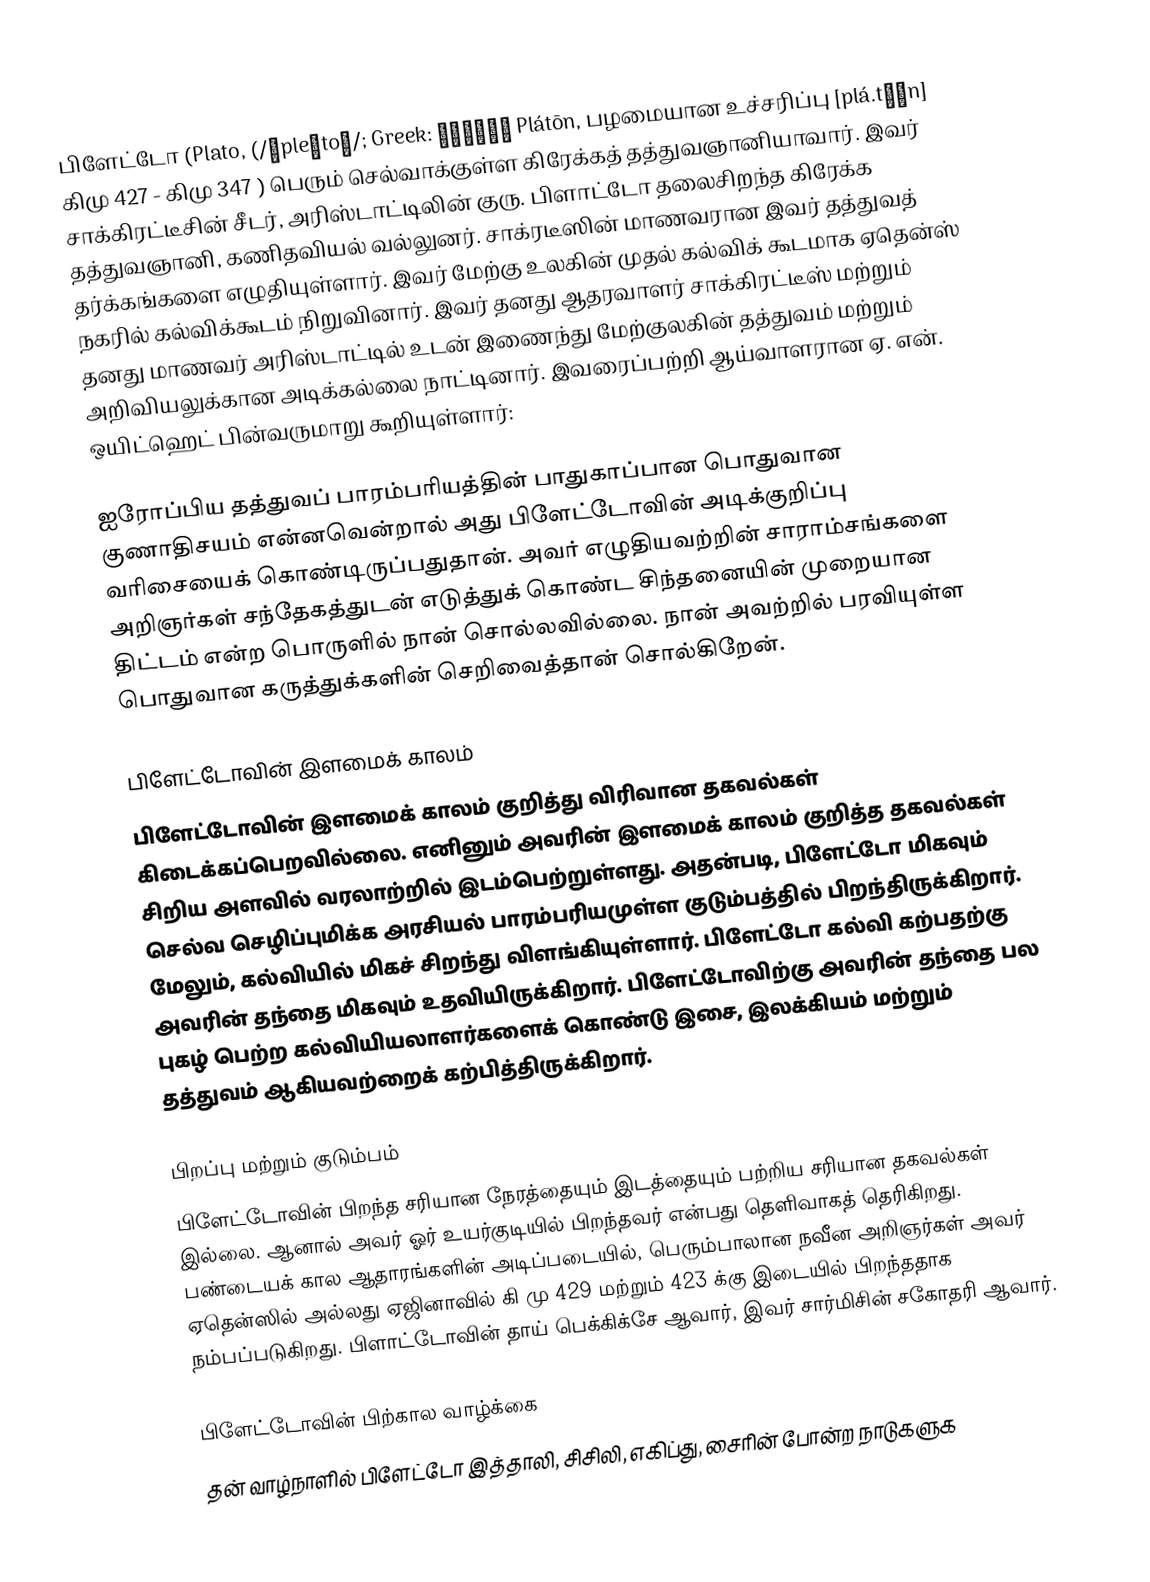
பிளேட்டோ (Plato, (/ˈpleɪtoʊ/; Greek: Πλάτων Plátōn, பழமையான உச்சரிப்பு [plá.tɔːn]   கிமு 427 - கிமு 347 ) பெரும் செல்வாக்குள்ள கிரேக்கத் தத்துவஞானியாவார். இவர் சாக்கிரட்டீசின் சீடர், அரிஸ்டாட்டிலின் குரு. பிளாட்டோ தலைசிறந்த கிரேக்க தத்துவஞானி, கணிதவியல் வல்லுனர். சாக்ரடீஸின் மாணவரான இவர் தத்துவத் தர்க்கங்களை எழுதியுள்ளார். இவர் மேற்கு உலகின் முதல் கல்விக் கூடமாக ஏதென்ஸ் நகரில் கல்விக்கூடம் நிறுவினார். இவர் தனது ஆதரவாளர் சாக்கிரட்டீஸ் மற்றும் தனது மாணவர் அரிஸ்டாட்டில் உடன் இணைந்து மேற்குலகின் தத்துவம் மற்றும் அறிவியலுக்கான அடிக்கல்லை நாட்டினார். இவரைப்பற்றி ஆய்வாளரான ஏ. என். ஒயிட்ஹெட் பின்வருமாறு கூறியுள்ளார்:

ஐரோப்பிய தத்துவப் பாரம்பரியத்தின் பாதுகாப்பான பொதுவான குணாதிசயம் என்னவென்றால் அது பிளேட்டோவின் அடிக்குறிப்பு வரிசையைக் கொண்டிருப்பதுதான். அவர் எழுதியவற்றின் சாராம்சங்களை அறிஞர்கள் சந்தேகத்துடன் எடுத்துக் கொண்ட சிந்தனையின் முறையான திட்டம் என்ற பொருளில் நான் சொல்லவில்லை. நான் அவற்றில் பரவியுள்ள பொதுவான கருத்துக்களின் செறிவைத்தான் சொல்கிறேன்.

பிளேட்டோவின் இளமைக் காலம்
பிளேட்டோவின் இளமைக் காலம் குறித்து விரிவான தகவல்கள் கிடைக்கப்பெறவில்லை. எனினும் அவரின் இளமைக் காலம் குறித்த தகவல்கள் சிறிய அளவில் வரலாற்றில் இடம்பெற்றுள்ளது. அதன்படி, பிளேட்டோ மிகவும் செல்வ செழிப்புமிக்க அரசியல் பாரம்பரியமுள்ள குடும்பத்தில் பிறந்திருக்கிறார். மேலும், கல்வியில் மிகச் சிறந்து விளங்கியுள்ளார். பிளேட்டோ கல்வி கற்பதற்கு அவரின் தந்தை மிகவும் உதவியிருக்கிறார். பிளேட்டோவிற்கு அவரின் தந்தை பல புகழ் பெற்ற கல்வியியலாளர்களைக் கொண்டு இசை, இலக்கியம் மற்றும் தத்துவம் ஆகியவற்றைக்  கற்பித்திருக்கிறார்.

பிறப்பு மற்றும் குடும்பம்
பிளேட்டோவின் பிறந்த சரியான நேரத்தையும் இடத்தையும் பற்றிய சரியான தகவல்கள் இல்லை. ஆனால் அவர் ஓர் உயர்குடியில் பிறந்தவர் என்பது தெளிவாகத் தெரிகிறது. பண்டையக் கால ஆதாரங்களின் அடிப்படையில், பெரும்பாலான நவீன அறிஞர்கள் அவர் ஏதென்ஸில் அல்லது ஏஜினாவில் கி மு 429 மற்றும் 423  க்கு இடையில் பிறந்ததாக நம்பப்படுகிறது. பிளாட்டோவின் தாய் பெக்கிக்சே ஆவார், இவர் சார்மிசின் சகோதரி ஆவார்.

பிளேட்டோவின் பிற்கால வாழ்க்கை
தன் வாழ்நாளில் பிளேட்டோ இத்தாலி, சிசிலி, எகிப்து, சைரின் போன்ற நாடுகளுக